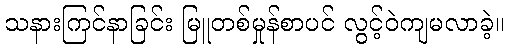
သနားကြင်နာခြင်း မြူတစ်မှုန်စာပင် လွင့်ဝဲကျမလာခဲ့။